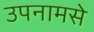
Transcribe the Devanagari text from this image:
उपनामसे